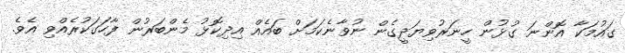
ގައުމަކާ އޮންނަ ގުޅުން ހީނަރުވިޔަދީގެން ނުވާނެކަމަށް ބައެއް އިދިކޮޅު މެންބަރުން ފާހަގަކުރެއްވި އެވެ.